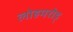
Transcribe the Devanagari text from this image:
लोहमरोड्